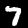
Label: 7